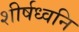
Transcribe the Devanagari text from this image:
शीर्षध्वनि